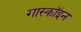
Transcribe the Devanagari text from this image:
गास्कॉइन